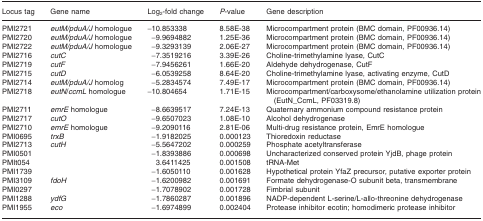
<table><thead><tr><td><b>Locus tag</b></td><td><b>Gene name</b></td><td><b>Log<sub>2</sub>‐fold change</b></td><td><b><i>P</i>‐value</b></td><td><b>Gene description</b></td></tr></thead><tbody><tr><td>PMI2721</td><td><i>eutM/pduA/J</i> homologue</td><td>−10.853338</td><td>8.58E‐38</td><td>Microcompartment protein (BMC domain, PF00936.14)</td></tr><tr><td>PMI2720</td><td><i>eutM/pduA/J</i> homologue</td><td>−9.9694882</td><td>1.25E‐36</td><td>Microcompartment protein (BMC domain, PF00936.14)</td></tr><tr><td>PMI2722</td><td><i>eutM/pduA/J</i> homologue</td><td>−9.3293139</td><td>2.06E‐27</td><td>Microcompartment protein (BMC domain, PF00936.14)</td></tr><tr><td>PMI2716</td><td><i>cutC</i></td><td>−7.3519216</td><td>3.39E‐26</td><td>Choline‐trimethylamine lyase, CutC</td></tr><tr><td>PMI2719</td><td><i>cutF</i></td><td>−7.9456261</td><td>1.66E‐20</td><td>Aldehyde dehydrogenase, CutF</td></tr><tr><td>PMI2715</td><td><i>cutD</i></td><td>−6.0539258</td><td>8.64E‐20</td><td>Choline‐trimethylamine lyase, activating enzyme, CutD</td></tr><tr><td>PMI2714</td><td><i>eutM/pduA/J</i> homolog</td><td>−5.2834574</td><td>7.49E‐17</td><td>Microcompartment protein (BMC domain, PF00936.14)</td></tr><tr><td>PMI2718</td><td><i>eutN</i>/<i>ccmL</i> homologue</td><td>−10.804654</td><td>1.71E‐15</td><td>Microcompartment/carboxysome/ethanolamine utilization protein (EutN_CcmL, PF03319.8)</td></tr><tr><td>PMI2711</td><td><i>emrE</i> homologue</td><td>−8.6639517</td><td>7.24E‐13</td><td>Quaternary ammonium compound resistance protein</td></tr><tr><td>PMI2717</td><td><i>cutO</i></td><td>−9.6507023</td><td>1.08E‐10</td><td>Alcohol dehydrogenase</td></tr><tr><td>PMI2710</td><td><i>emrE</i> homologue</td><td>−9.2090116</td><td>2.81E‐06</td><td>Multi‐drug resistance protein, EmrE homologue</td></tr><tr><td>PMI0695</td><td><i>trxB</i></td><td>−1.9182025</td><td>0.000123</td><td>Thioredoxin reductase</td></tr><tr><td>PMI2713</td><td><i>cutH</i></td><td>−5.5647202</td><td>0.000259</td><td>Phosphate acetyltransferase</td></tr><tr><td>PMI0501</td><td></td><td>−1.8393886</td><td>0.000698</td><td>Uncharacterized conserved protein YjdB, phage protein</td></tr><tr><td>PMIt054</td><td></td><td>3.6411425</td><td>0.001508</td><td>tRNA‐Met</td></tr><tr><td>PMI1739</td><td></td><td>−1.6050110</td><td>0.001628</td><td>Hypothetical protein YfaZ precursor, putative exporter protein</td></tr><tr><td>PMI3109</td><td><i>fdoH</i></td><td>−1.6200982</td><td>0.001691</td><td>Formate dehydrogenase‐O subunit beta, transmembrane</td></tr><tr><td>PMI0297</td><td></td><td>−1.7078902</td><td>0.001728</td><td>Fimbrial subunit</td></tr><tr><td>PMI1288</td><td><i>ydfG</i></td><td>−1.7860287</td><td>0.001896</td><td>NADP‐dependent L‐serine/L‐allo‐threonine dehydrogenase</td></tr><tr><td>PMI1955</td><td><i>eco</i></td><td>−1.6974899</td><td>0.002404</td><td>Protease inhibitor ecotin; homodimeric protease inhibitor</td></tr></tbody></table>